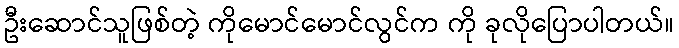
ဦးဆောင်သူဖြစ်တဲ့ ကိုမောင်မောင်လွင်က ကို ခုလိုပြောပါတယ်။